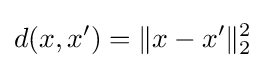
d(x,x')=\|x-x'\|_{2}^{2}